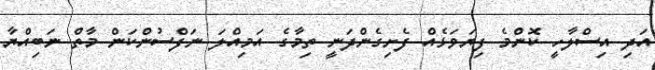
އަދި އިސްލާހީ ކޮންމެ ފިޔަވަޅެއް ފެށިގެންދަނީ ތިމާގެ އަމިއްލަ ނަފްސުންކަން މާތް ނަބިއްޔާ